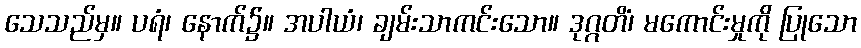
သေသည်မှ။ ပရံ၊ နောက်၌။ အပါယံ၊ ချမ်းသာကင်းသော။ ဒုဂ္ဂတိံ၊ မကောင်းမှုကို ပြုသော